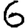
Digit: 6